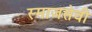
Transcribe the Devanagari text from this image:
स्माजसेवी